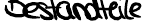
Bestandteile